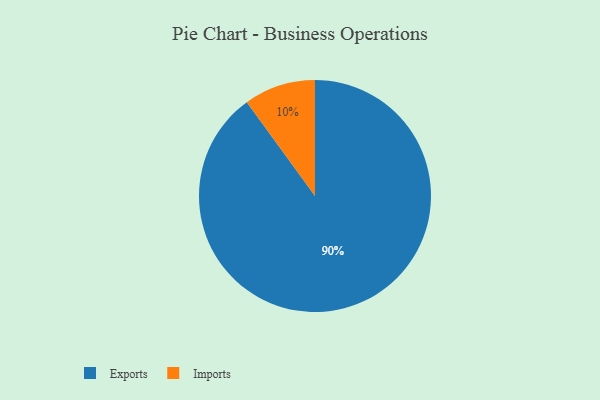
{"axis": {"x": "Category", "y": "Percentage"}, "legend": ["Exports", "Imports"], "data": [{"x": "Exports", "y": 90, "type": "Exports"}, {"x": "Imports", "y": 10, "type": "Imports"}]}